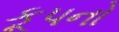
કૂપનો